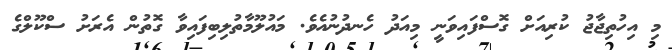
މި އިހުތިޖާޖު ކުރިއަށް ގޮސްފައިވަނީ މިއަދު ހެނދުނުއެވެ. މައުލޫމާތުލިބިފައިވާ ގޮތުން އެރަށު ސްކޫލްގެ